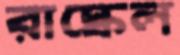
রাস্কেল